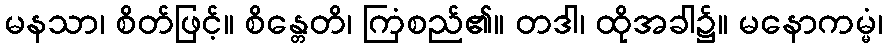
မနသာ၊ စိတ်ဖြင့်။ စိန္တေတိ၊ ကြံစည်၏။ တဒါ၊ ထိုအခါ၌။ မနောကမ္မံ၊